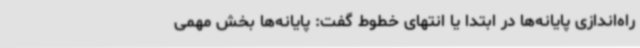
راه‌اندازی پایانه‌ها در ابتدا یا انتهای خطوط گفت: پایانه‌ها بخش مهمی